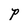
Character: p